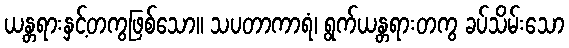
ယန္တရားနှင့်တကွဖြစ်သော။ သပတာကာရံ၊ ရွက်ယန္တရားတကွ ခပ်သိမ်းသော